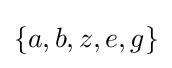
\{a,b,z,e,g\}